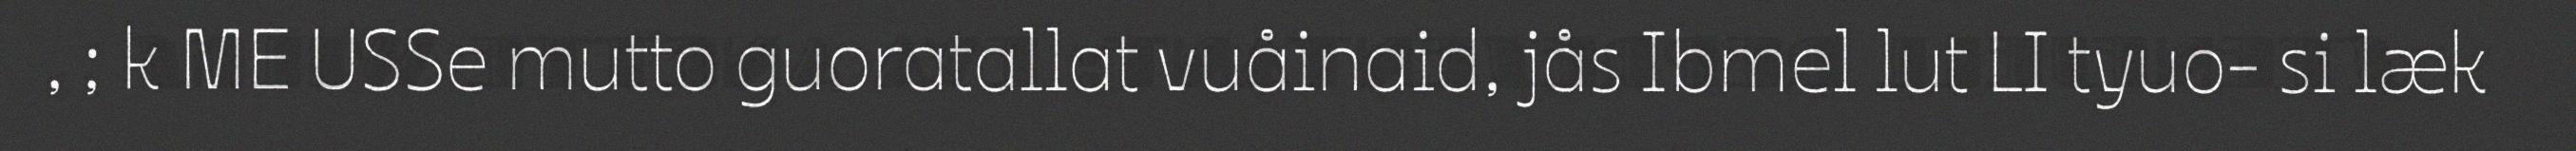
, ; k ME USSe mutto guoratallat vuåinaid, jås Ibmel lut LI tyuo- si læk